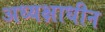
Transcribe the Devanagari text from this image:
अध्यक्षाधीन